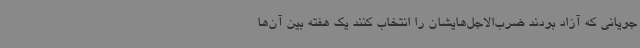
جویانی که آزاد بودند ضرب‌الاجل‌هایشان را انتخاب کنند یک هفته بین آن‌ها